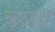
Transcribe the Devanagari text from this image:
कामेश